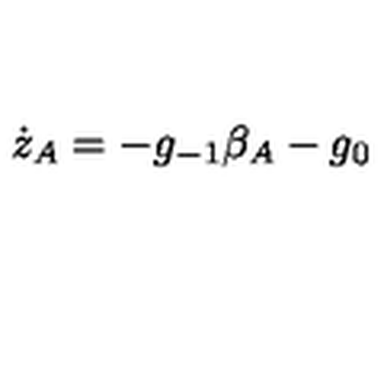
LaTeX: \dot { z } _ { A } = - g _ { - 1 } \beta _ { A } - g _ { 0 }